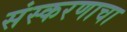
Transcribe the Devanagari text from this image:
संस्करणाचा